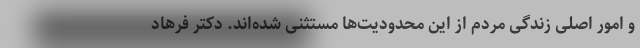
و امور اصلی زندگی مردم از این محدودیت‌ها مستثنی شده‌اند. دکتر فرهاد